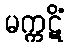
မက္ကဋိံ